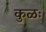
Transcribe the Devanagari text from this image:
कुळः